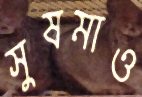
সুষমাও